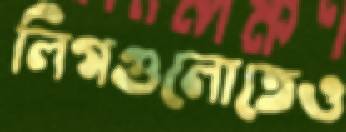
লিগগুলোতেও